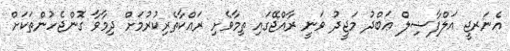
އެނަރޖީ އަލްފާޟިލް ޢަބްދު މަޖީދު ވަނީ ރާއްޖޭގައި ތިމާވެށި ރައްކާތެރިކުރުމަށް ދިމާވާ ގޮންޖެހުންތަކަށް